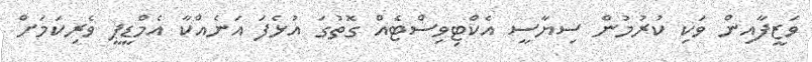
ވަޒީފާއިން ވަކި ކުރުމުން ސިޔާސީ އެކްޓިވިސްޓެއް ގޮތުގަ އުޅެފަ އަނެއްކާ އެމްޑީޕީ ވެރިކަމަށް